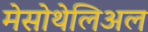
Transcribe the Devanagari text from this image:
मेसोथेलिअल